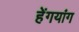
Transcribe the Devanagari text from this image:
हेंगयांग